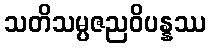
သတိသမ္ပဇညဝိပန္နဿ